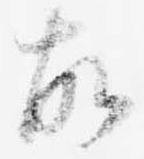
故